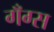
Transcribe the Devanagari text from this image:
गँग्स